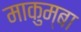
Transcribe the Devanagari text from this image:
माकुम्बा